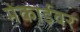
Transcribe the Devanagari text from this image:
मेकाईवर